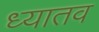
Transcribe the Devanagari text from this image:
ध्यातव